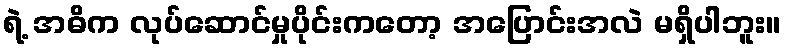
ရဲ့ အဓိက လုပ်ဆောင်မှုပိုင်းကတော့ အပြောင်းအလဲ မရှိပါဘူး။